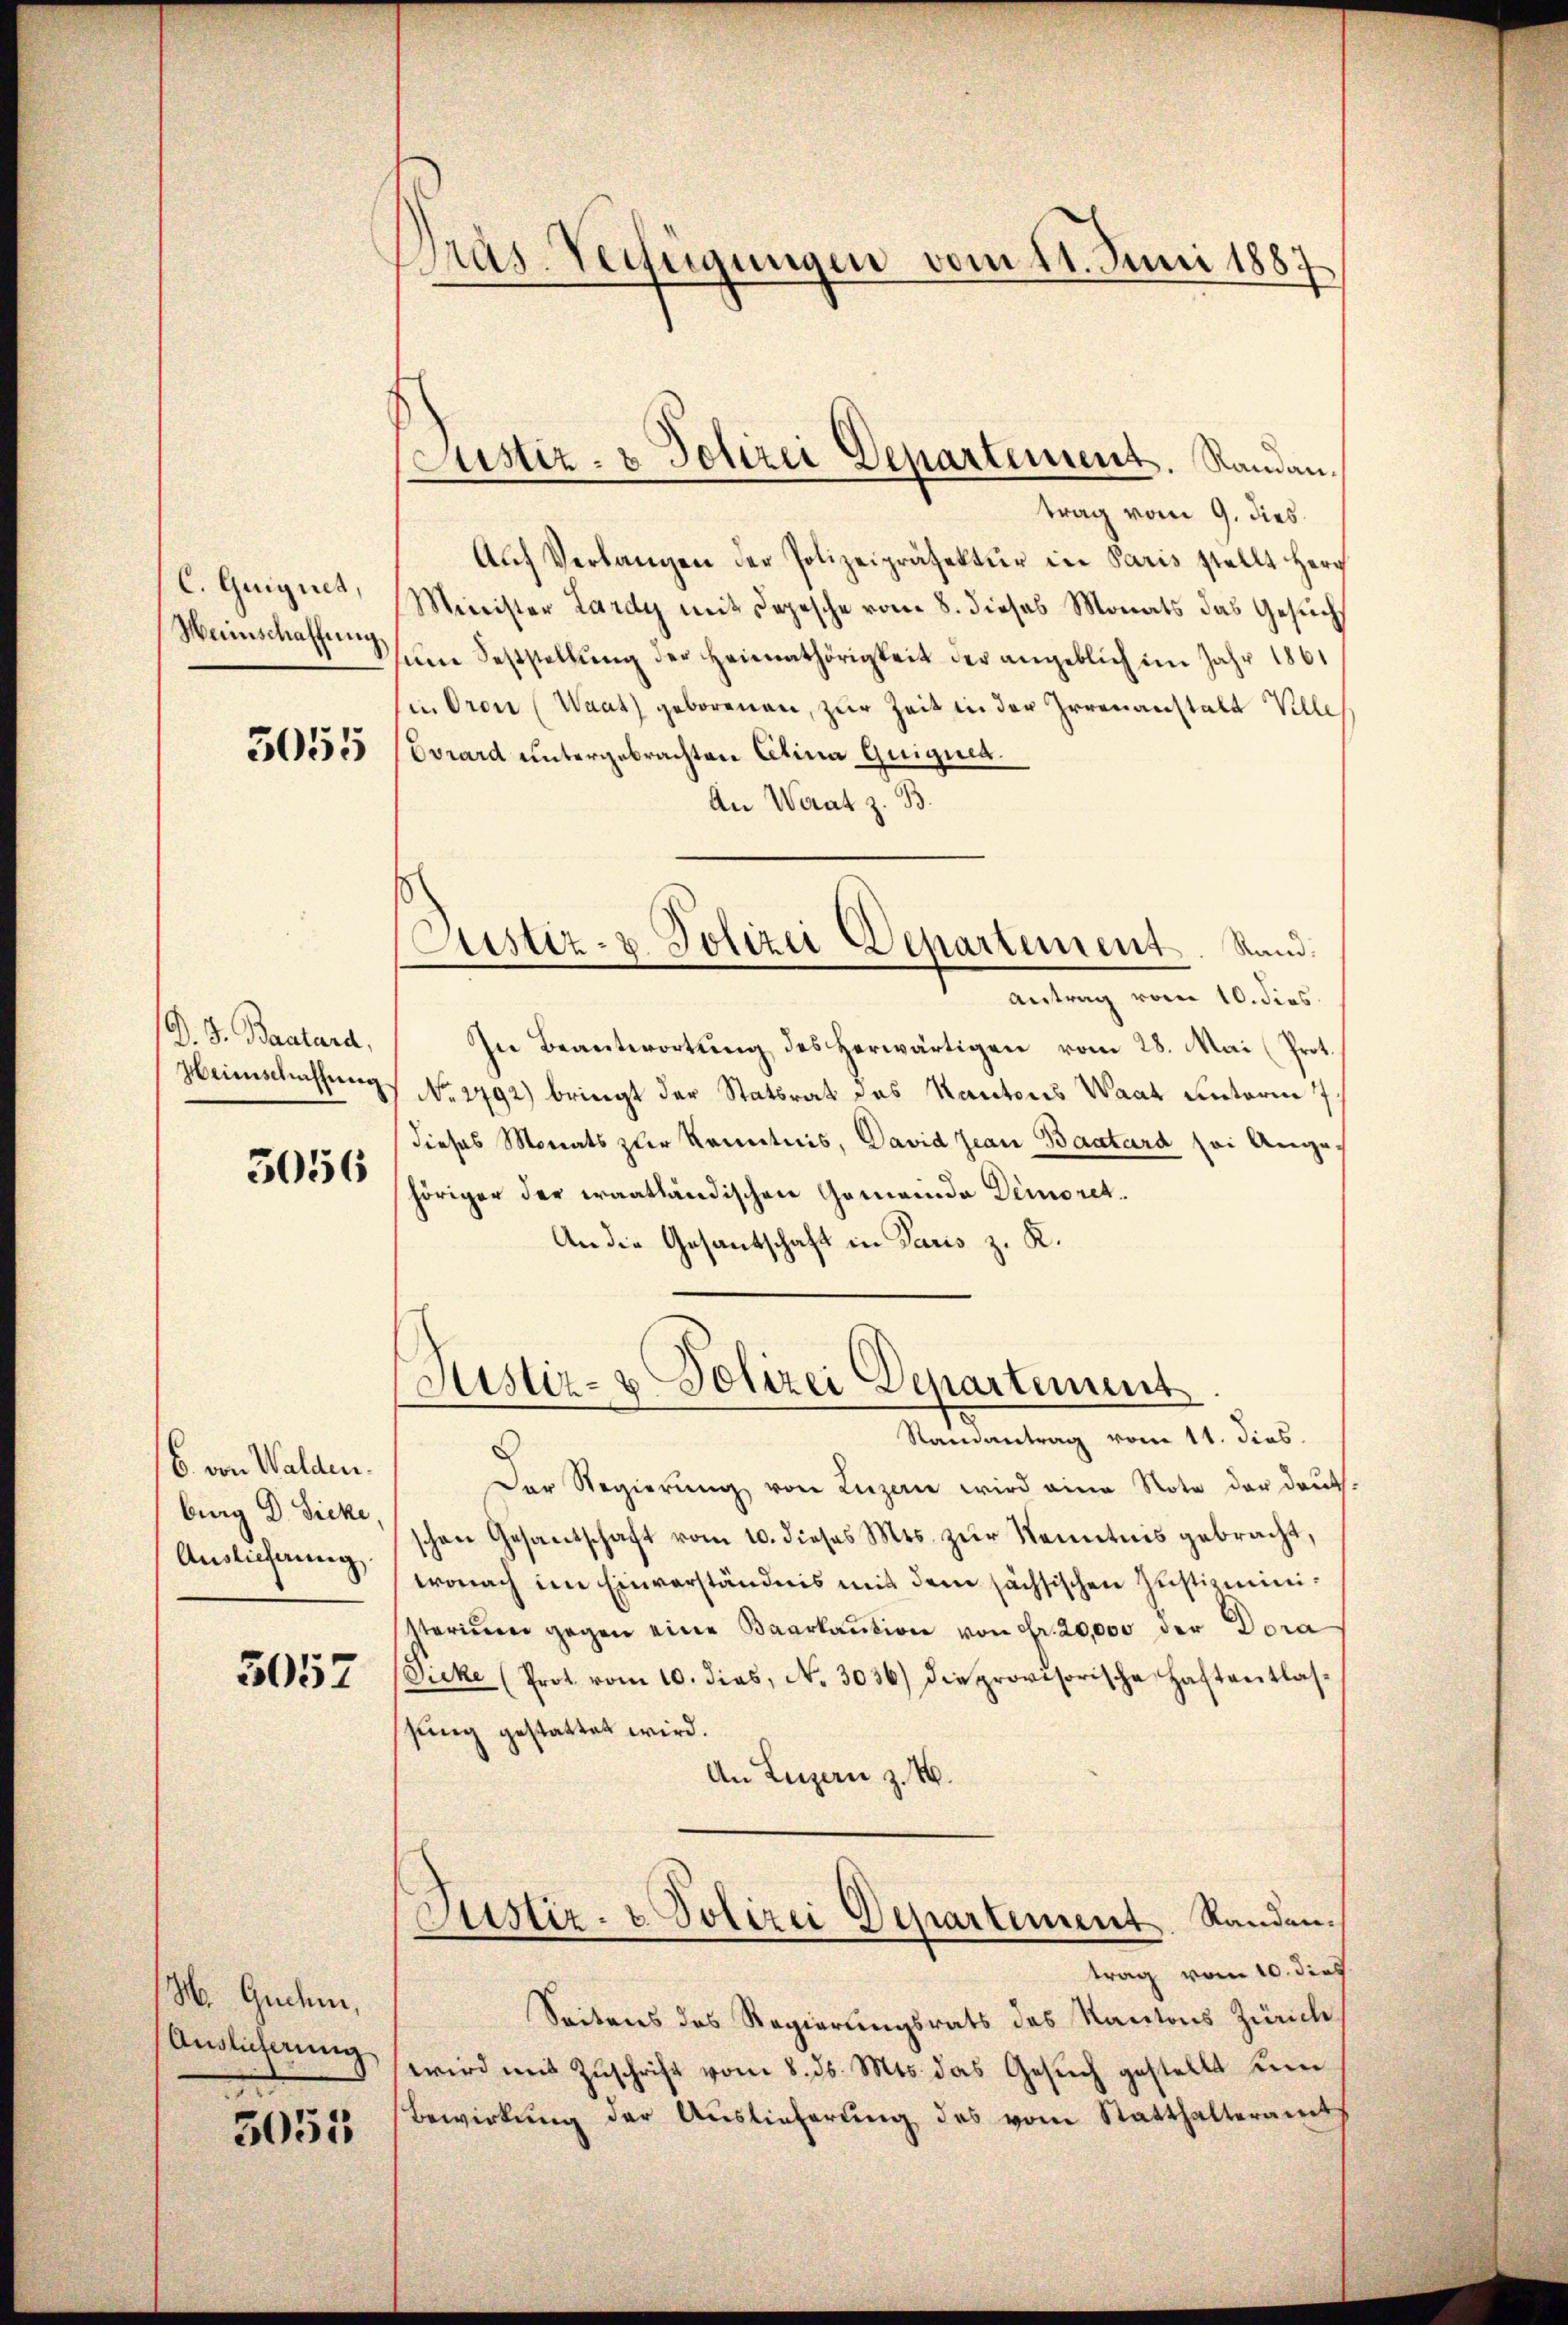
C. Quignet,
Heinschaffŭng.

5055

D. J. Bastard,
Heienschaffung

5056

6. von Walden.
burg Dr. Ficke,
Auslieferung

3052

H. Guchm,
Anglicherung

3053

Präs. Verfügungen vom 11. Juni 1887

Justiz- & Polizei Departement. Randan¬

trag vom 9. dies
Aŭf Verlangen der Polizeipräsektŭr in Paris stellt Herr
Minister Lardy mit Depesche vom 8. dieses Monats das Gesuchs
um Feststellung der Heimathörigkeit der angeblich im Jahr 1861
in Oron (Waat) geborenen, zur Zeit in der Irrenanstalt Ville
Evrard untergebrachten Alina Guignet.
An Werat z. B.
Justiz- u. Polizei Departement. Rand.
Antrag vom 10. dies
In Beantwortŭng des herwärtigen vom 28. Mai (Prot.
No. 2492) bringt der Statsrat des Kantons Waat unterm 7.
dieses Monats zur Kenntnis, David Jean Baatard sei Angehöriger der Fraatländischen Gemeinde Demoret.
An die Gesantschaft in Paris z. K.

Sistiz- & Polizei Departement
Randantrag vom 11. dies

Der Regierŭng von Luzen wird eine Note der daŭt-
schen Gesantschaft vom 10. dieses Mts. zŭr Kenntnis gebracht,
wonach im Einverständnis mit dem sächsischen Instimmisterium gegen eine Baarkaution von Fr. 20,000 der Dora
Picke (Prot. vom 10. dies, No. 3036) die provisorische Haftentlas-
ssung gestattet wird.
An Luzern z. B.
Justiz- & Polizei Departement. Sanden.
trag vom 10. dies
Seitens des Regierungsrats des Kantons Zürich
wird mit Zuschrift vom 8. ds. Mts. das Gesuch gestellt un
Bewirkung der Auslieferung des vom Statthalteramt